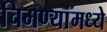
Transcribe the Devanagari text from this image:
चिमण्यांमध्ये